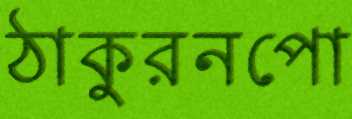
ঠাকুরনপো